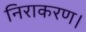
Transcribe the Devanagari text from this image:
निराकरण।